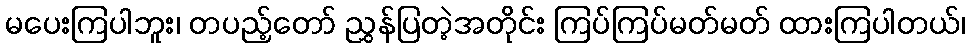
မပေးကြပါဘူး၊ တပည့်တော် ညွှန်ပြတဲ့အတိုင်း ကြပ်ကြပ်မတ်မတ် ထားကြပါတယ်၊